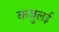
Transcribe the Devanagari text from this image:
कबुलई